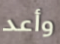
وأعد